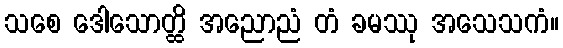
သစေ ဒေါသောတ္ထိ အညောညံ တံ ခမဿု အသေသကံ။